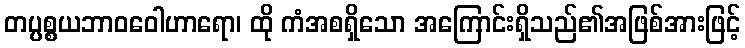
တပ္ပစ္စယဘာဝဝေါဟာရော၊ ထို ကံအစရှိသော အကြောင်းရှိသည်၏အဖြစ်အားဖြင့်